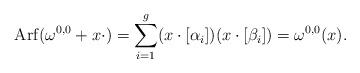
LaTeX: \begin{align*}\operatorname{Arf}(\omega^{0,0} + x\cdot) = \sum^g_{i=1}(x\cdot[\alpha_i])(x\cdot[\beta_i]) = \omega^{0,0}(x).\end{align*}